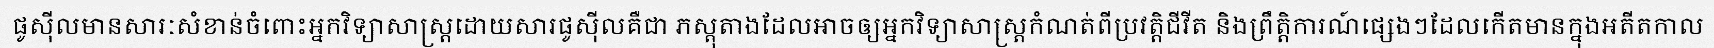
ផូស៊ីលមានសារៈសំខាន់ចំពោះអ្នកវិទ្យាសាស្ត្រដោយសារផូស៊ីលគឺជា ភស្តុតាងដែលអាចឲ្យអ្នកវិទ្យាសាស្ត្រកំណត់ពីប្រវត្តិជីវីត និងព្រឹត្តិការណ៍ផ្សេងៗដែលកើតមានក្នុងអតីតកាល